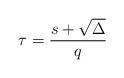
LaTeX: \begin{align*} \tau = \frac{s+\sqrt{\Delta}}{q}\end{align*}